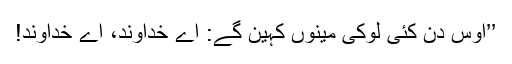
’’اُوس دِن کئی لوکی مینوں کہین گے: اے خُداوند، اے خُداوند!